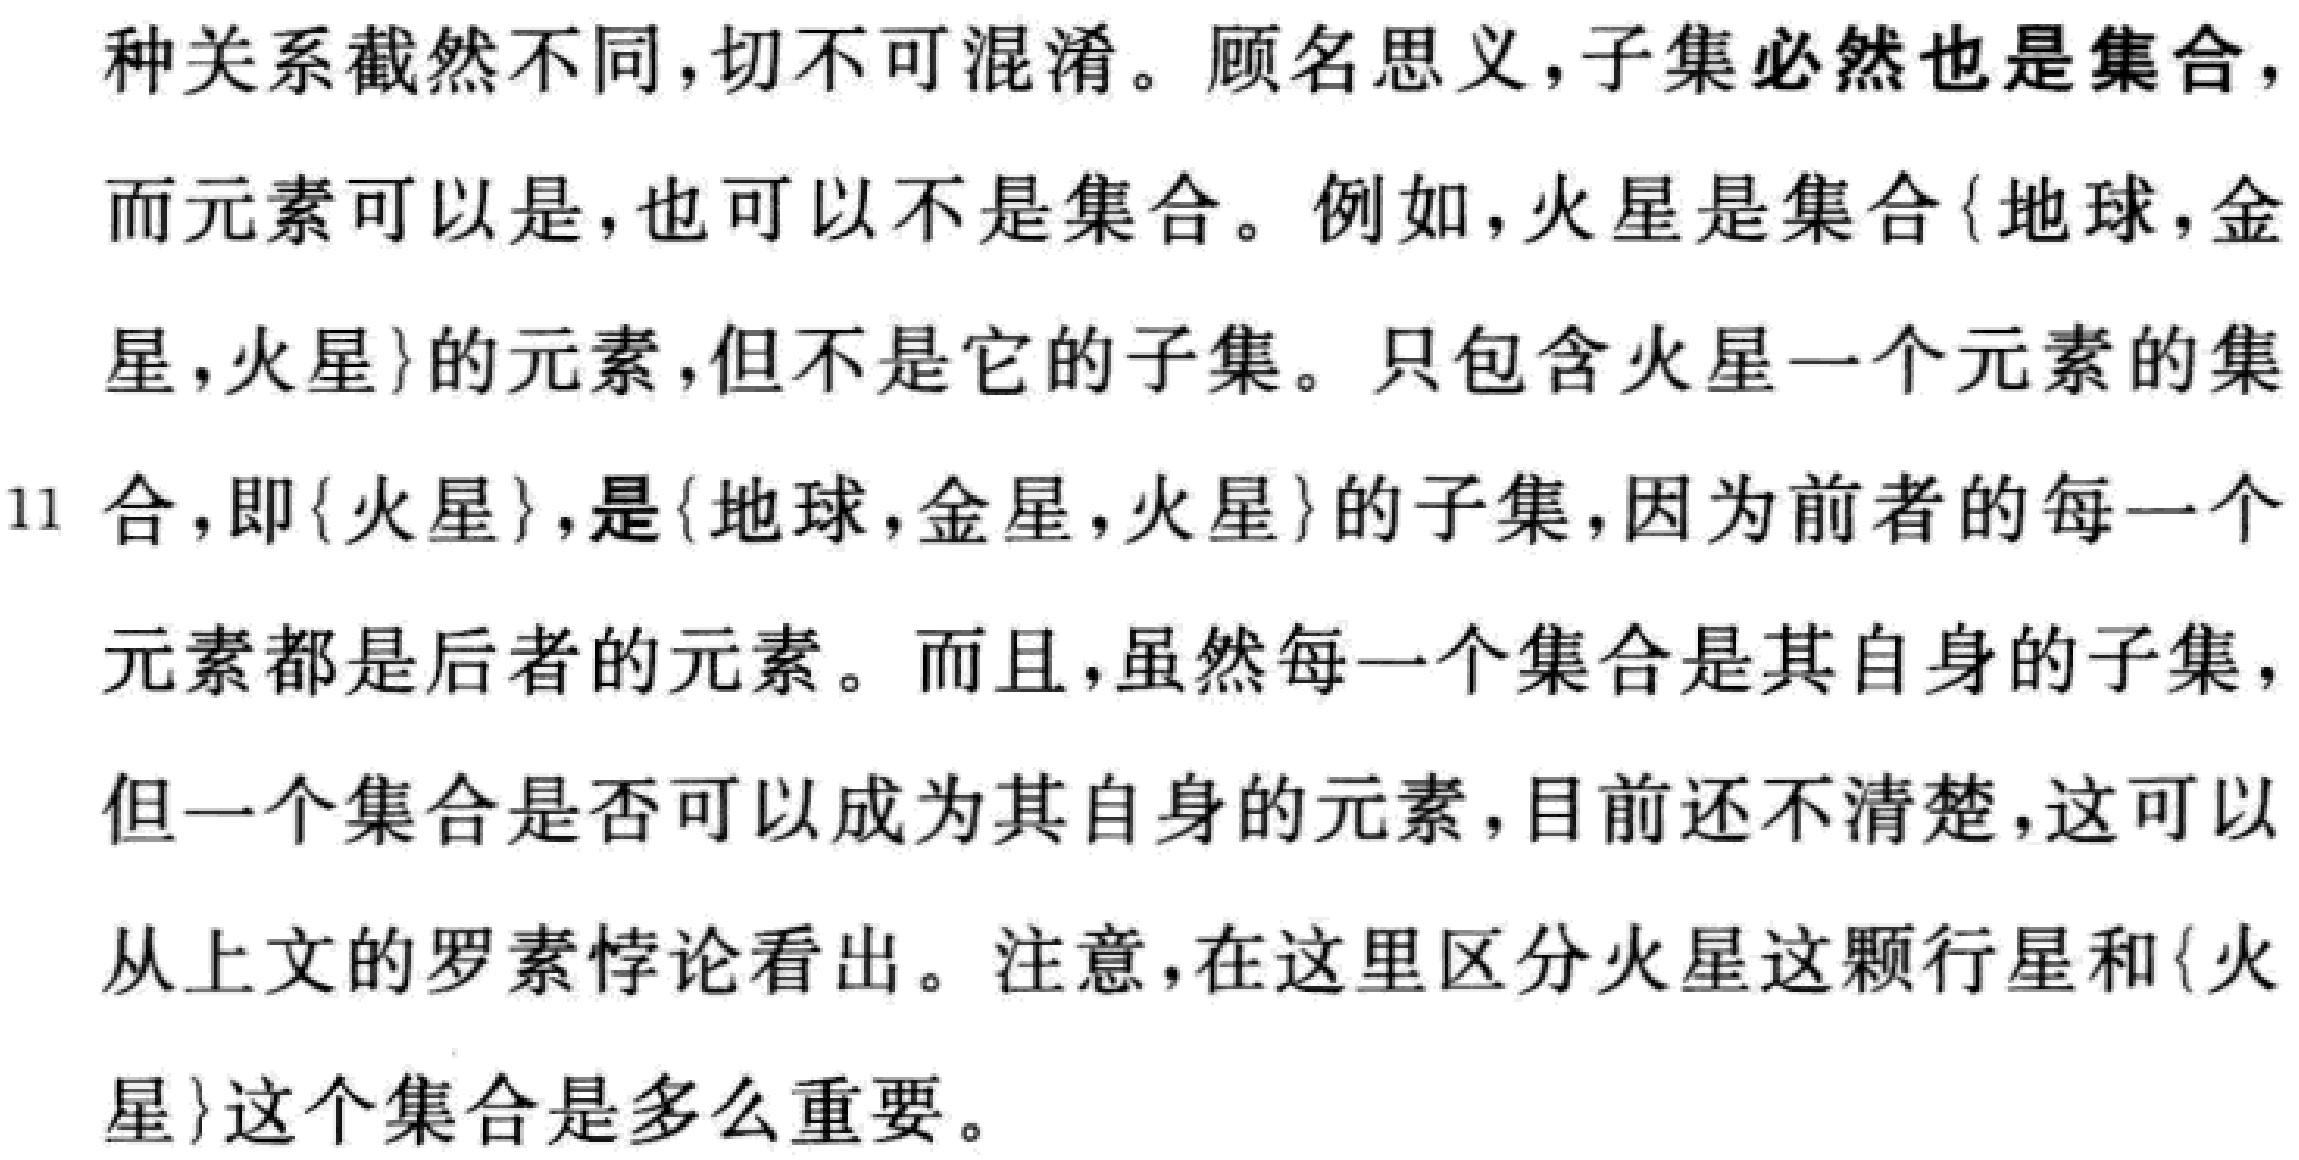
种关系截然不同,切不可混淆。顾名思义,子集必然也是集合,

而元素可以是,也可以不是集合。例如,火星是集合\{地球,金

星,火星\}的元素,但不是它的子集。只包含火星一个元素的集

合,即\{火星\},是\{地球,金星,火星\}的子集,因为前者的每一个

元素都是后者的元素。而且,虽然每一个集合是其自身的子集,

但一个集合是否可以成为其自身的元素,目前还不清楚,这可以

从上文的罗素悖论看出。注意,在这里区分火星这颗行星和\{火

星\}这个集合是多么重要。